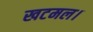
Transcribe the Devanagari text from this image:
खटमल।